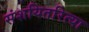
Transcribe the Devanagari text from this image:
संशयितरित्या